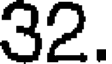
32.